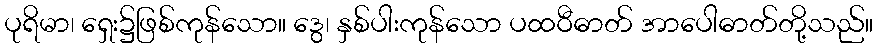
ပုရိမာ၊ ရှေး၌ဖြစ်ကုန်သော။ ဒွေ၊ နှစ်ပါးကုန်သော ပထဝီဓာတ် အာပေါဓာတ်တို့သည်။